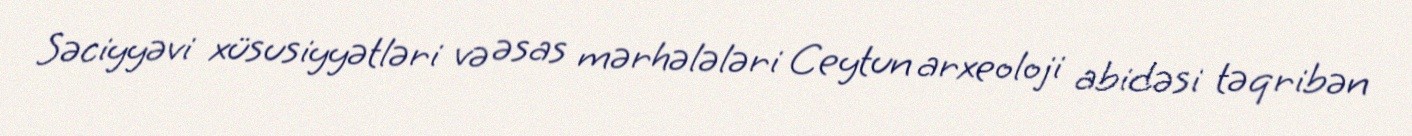
Səciyyəvi xüsusiyyətləri və əsas mərhələləri Ceytun arxeoloji abidəsi təqribən